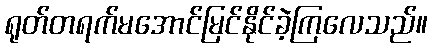
ရုတ်တရက်မအောင်မြင်နိုင်ခဲ့ကြလေသည်။